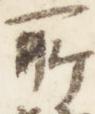
所